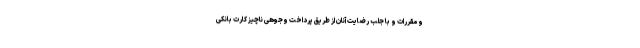
و مقررات و با جلب رضایت آنان از طریق پرداخت وجوهی ناچیز کارت بانکی